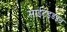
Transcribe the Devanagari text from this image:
साईटइडइन